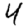
Digit: 4